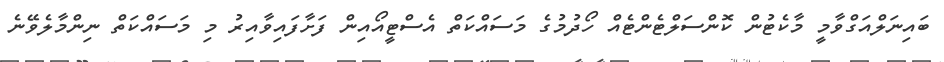
ބައިނަލްއަގްވާމީ މާކެޓުން ކޮންސަލްޓެންޓެއް ހޯދުމުގެ މަސައްކަތް އެސްޓީއޯއިން ފަށާފައިވާއިރު މި މަސައްކަތް ނިންމާލެވޭނެ